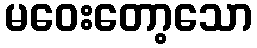
မဝေးတော့သော